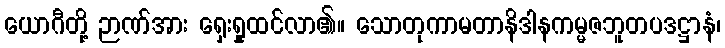
ယောဂီတို့ ဉာဏ်အား ရှေးရှုထင်လာ၏။ သောတုကာမတာနိဒါနကမ္မဇဘူတပဒဋ္ဌာနံ၊